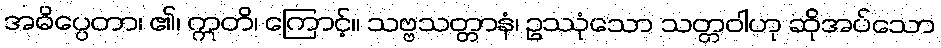
အဓိပ္ပေတာ၊ ၏၊ ဣတိ၊ ကြောင့်။ သဗ္ဗသတ္တာနံ၊ ဥဿုံသော သတ္တဝါဟု ဆိုအပ်သော